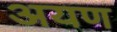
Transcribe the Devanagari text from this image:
अयण